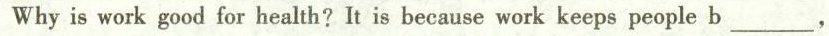
Why is work good for health?It is because work keeps people b___,